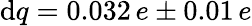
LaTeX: \mathrm{d}q=0.032\, e\pm 0.01\, e